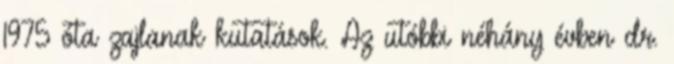
1975 óta zajlanak kutatások. Az utóbbi néhány évben dr.